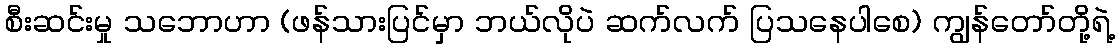
စီးဆင်းမှု သဘောဟာ (ဖန်သားပြင်မှာ ဘယ်လိုပဲ ဆက်လက် ပြသနေပါစေ) ကျွန်တော်တို့ရဲ့